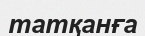
татқанға